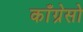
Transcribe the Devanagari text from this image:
काँग्रेसो